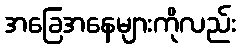
အခြေအနေများကိုလည်း